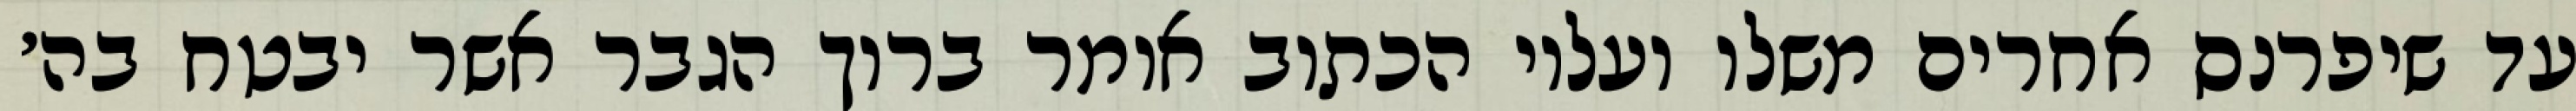
עד שיפרנס אחרים משלו ועליו הכתוב אומר ברוך הגבר אשר יבטח בה׳